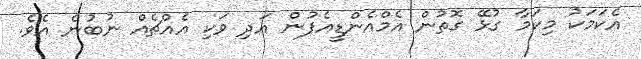
އެކަމަކު މިކަމާ ގުޅޭ ގޮތުން އެމްއެންޑީއެފުން އަދި ވަކި އެއްޗެއް ނުބުނެ އެވެ.